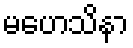
မဟေသိနာ